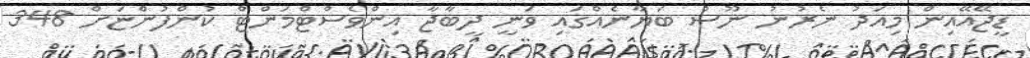
ޑީޖޭއޭއިން މިއަދު ނެރުނު ނޫސް ބަޔާނެއްގައި ވަނީ ދީބާޖާ އިންވެސްޓްމަންޓް ކުންފުންޏަށް 348